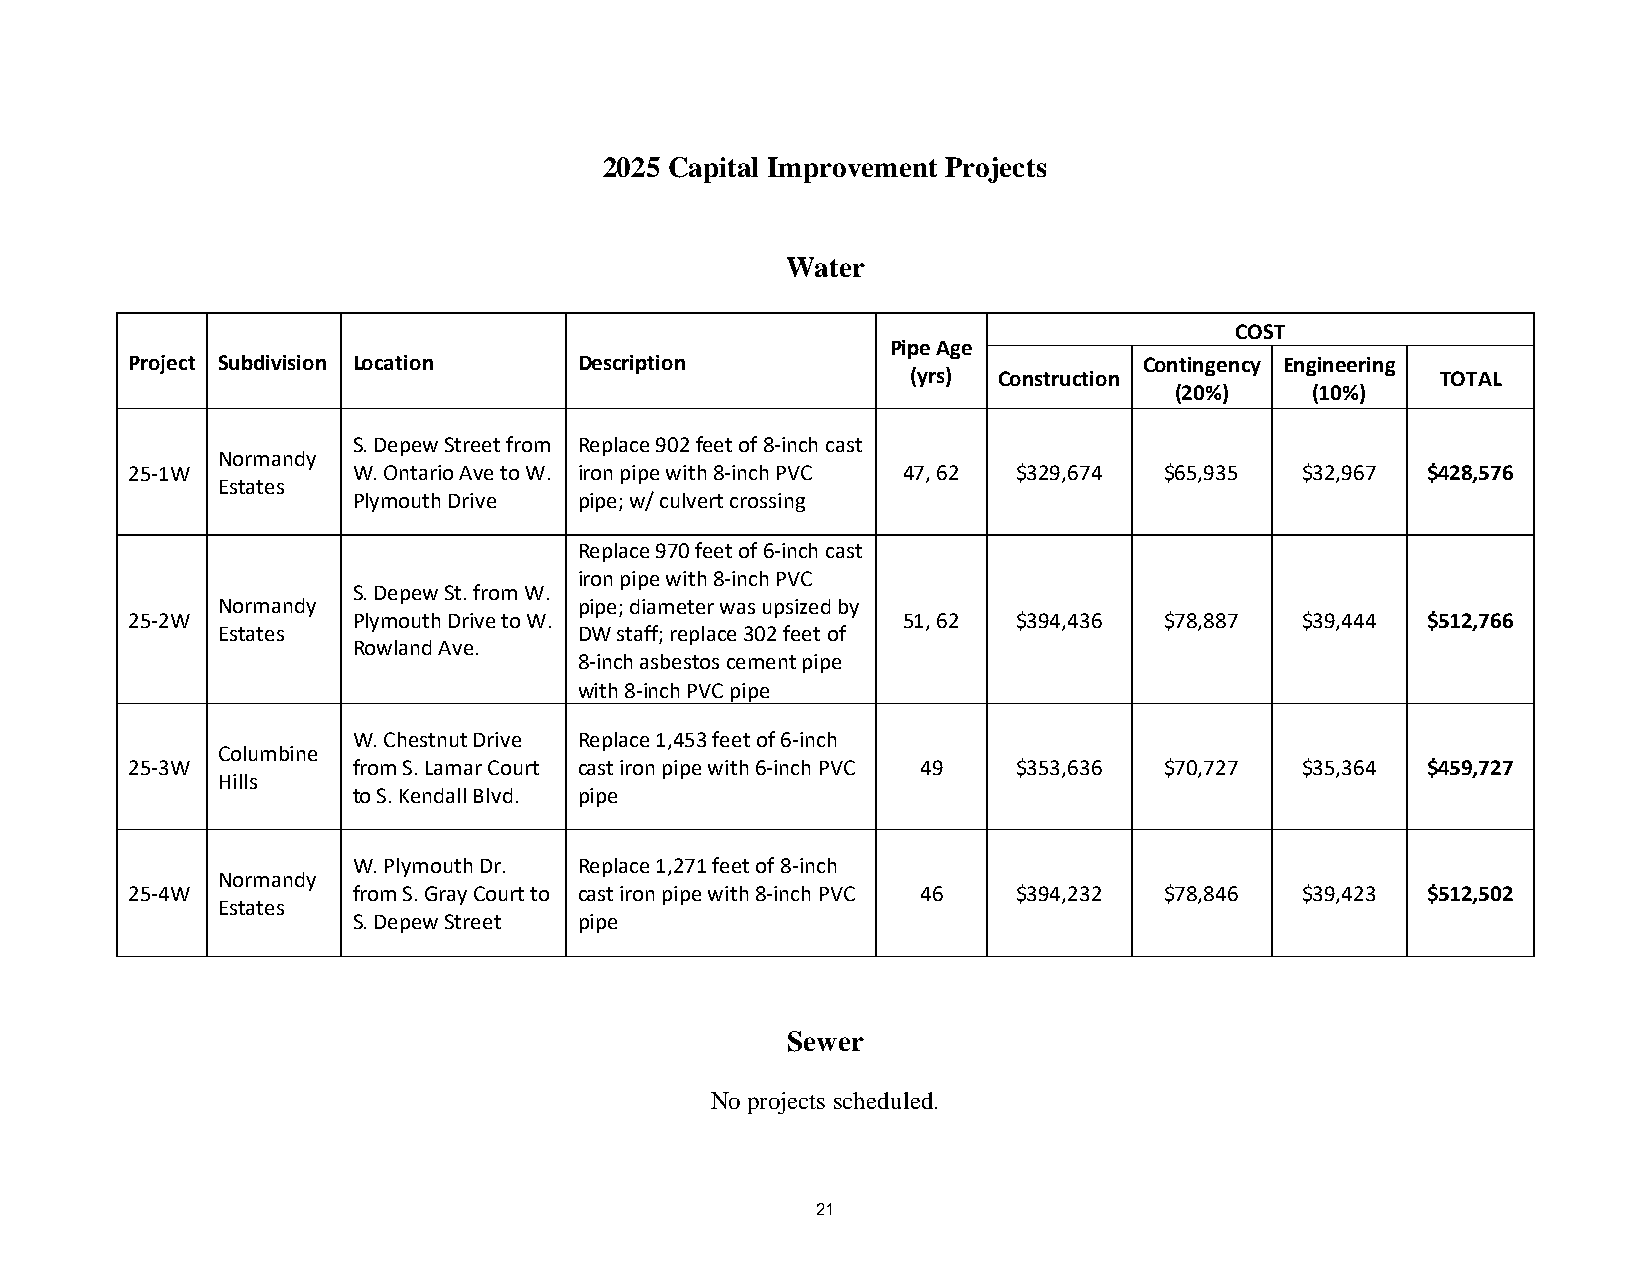
2025 Capital Improvement Projects
 Water
 COST
 Pipe Age
 Project Subdivision Location  Description                           Contingency Engineering
 (yrs) Construction                 TOTAL
 (20%)    (10%)
 S. Depew Street from Replace 902 feet of 8-inch cast
 Normandy
 25-1W          W. Ontario Ave to W. iron pipe with 8-inch PVC 47, 62 $329,674 $65,935 $32,967 $428,576
 Estates
 Plymouth Drive pipe; w/ culvert crossing
 Replace 970 feet of 6-inch cast
 iron pipe with 8-inch PVC
 S. Depew St. from W.
 Normandy                pipe; diameter was upsized by
 25-2W          Plymouth Drive to W.                 51, 62 $394,436  $78,887  $39,444 $512,766
 Estates                 DW staff; replace 302 feet of
 Rowland Ave.
 8-inch asbestos cement pipe
 with 8-inch PVC pipe
 W. Chestnut Drive Replace 1,453 feet of 6-inch
 Columbine
 25-3W          from S. Lamar Court cast iron pipe with 6-inch PVC 49 $353,636 $70,727 $35,364 $459,727
 Hills
 to S. Kendall Blvd. pipe
 W. Plymouth Dr. Replace 1,271 feet of 8-inch
 Normandy
 25-4W          from S. Gray Court to cast iron pipe with 8-inch PVC 46 $394,232 $78,846 $39,423 $512,502
 Estates
 S. Depew Street pipe
 Sewer
 No projects scheduled.
 21